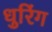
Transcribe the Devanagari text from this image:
धुरिंग